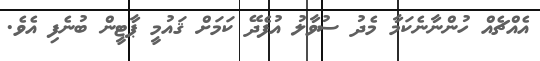
އެއްޗެއް ހުންނާނެކަމާ މެދު ސުވާލު އުފެދޭ ކަމަށް ޤައުމީ ޕާޓީން ބުނެފި އެވެ.